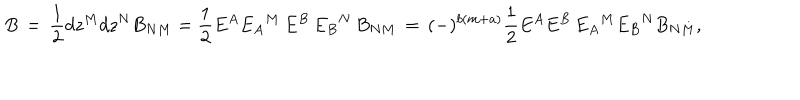
B \, = \, \frac { 1 } { 2 } d z ^ { M } d z ^ { N } B _ { N M } = \frac { 1 } { 2 } E ^ { A } { E _ { A } } ^ { M } \, E ^ { B } \, { E _ { B } } ^ { N } \, B _ { N M } \, = \, ( - ) ^ { b ( m + a ) } \frac { 1 } { 2 } E ^ { A } E ^ { B } \, { E _ { A } } ^ { M } { E _ { B } } ^ { N } B _ { N M } ,